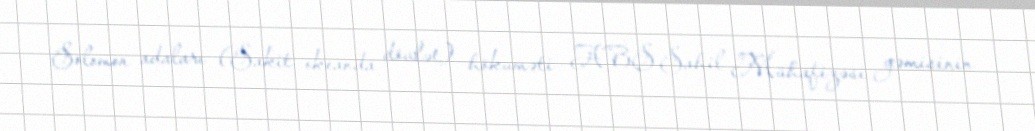
Solomon adaları (Sakit okeanda dövlət) hökuməti ABŞ Sahil Mühafizəsi gəmisinin